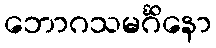
ဘောဂသမင်္ဂိနော